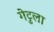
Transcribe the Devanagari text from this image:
गेटुला